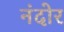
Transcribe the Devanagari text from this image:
नंदोर